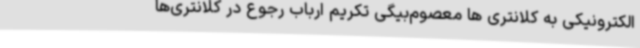
الکترونیکی به کلانتری ها معصوم‌بیگی تکریم ارباب رجوع در کلانتری‌ها